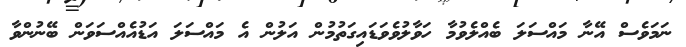
ނަމަވެސް އޭނާ މައްސަލަ ބެއްލެވުމާ ހަވާލުވެވަޑައިގަތުމުން އަލުން އެ މައްސަލަ އަޑުއެއްސަވަން ބޭނުންވާ